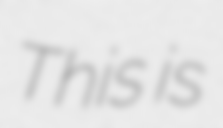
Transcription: This is